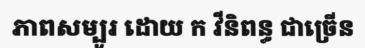
ភាពសម្បូរ ដោយ ក វីនិពន្ធ ជាច្រើន